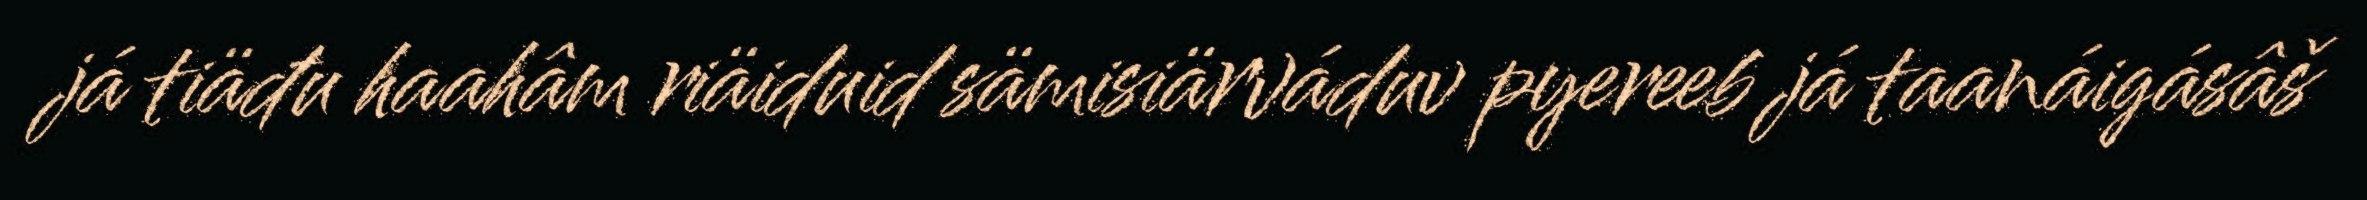
já tiäđu haahâm riäiduid sämisiärváduv pyereeb já taanáigásâš